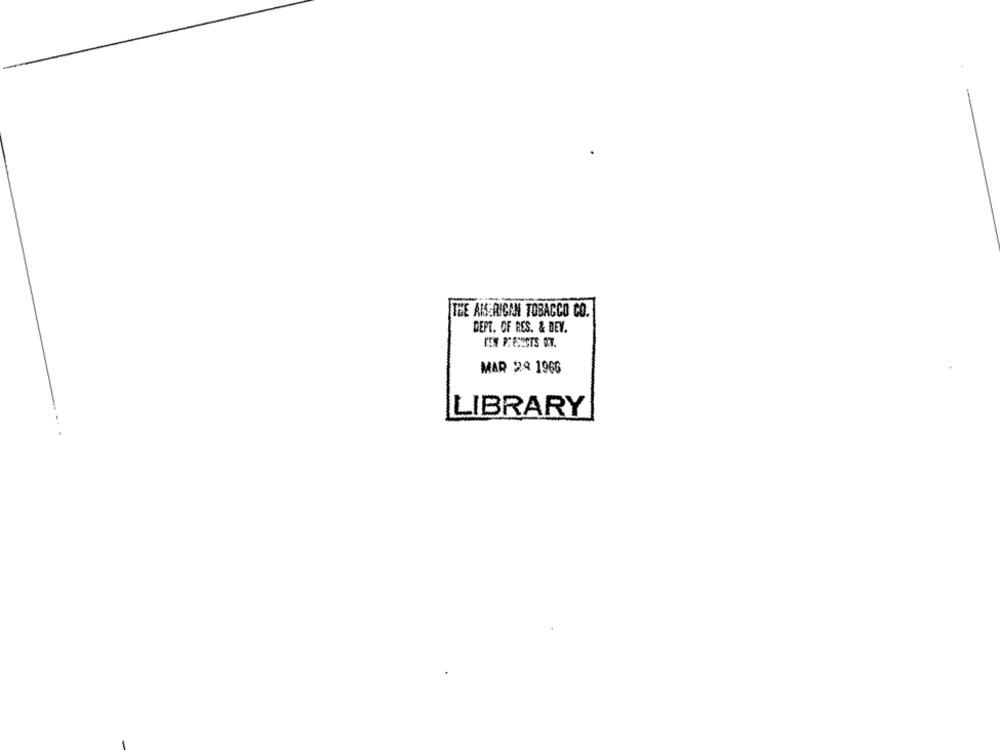
THE AIRICAN TOBACCO CO.
DEPT. OF RES. & DEV.
MAR 24 1966
LIBRARY